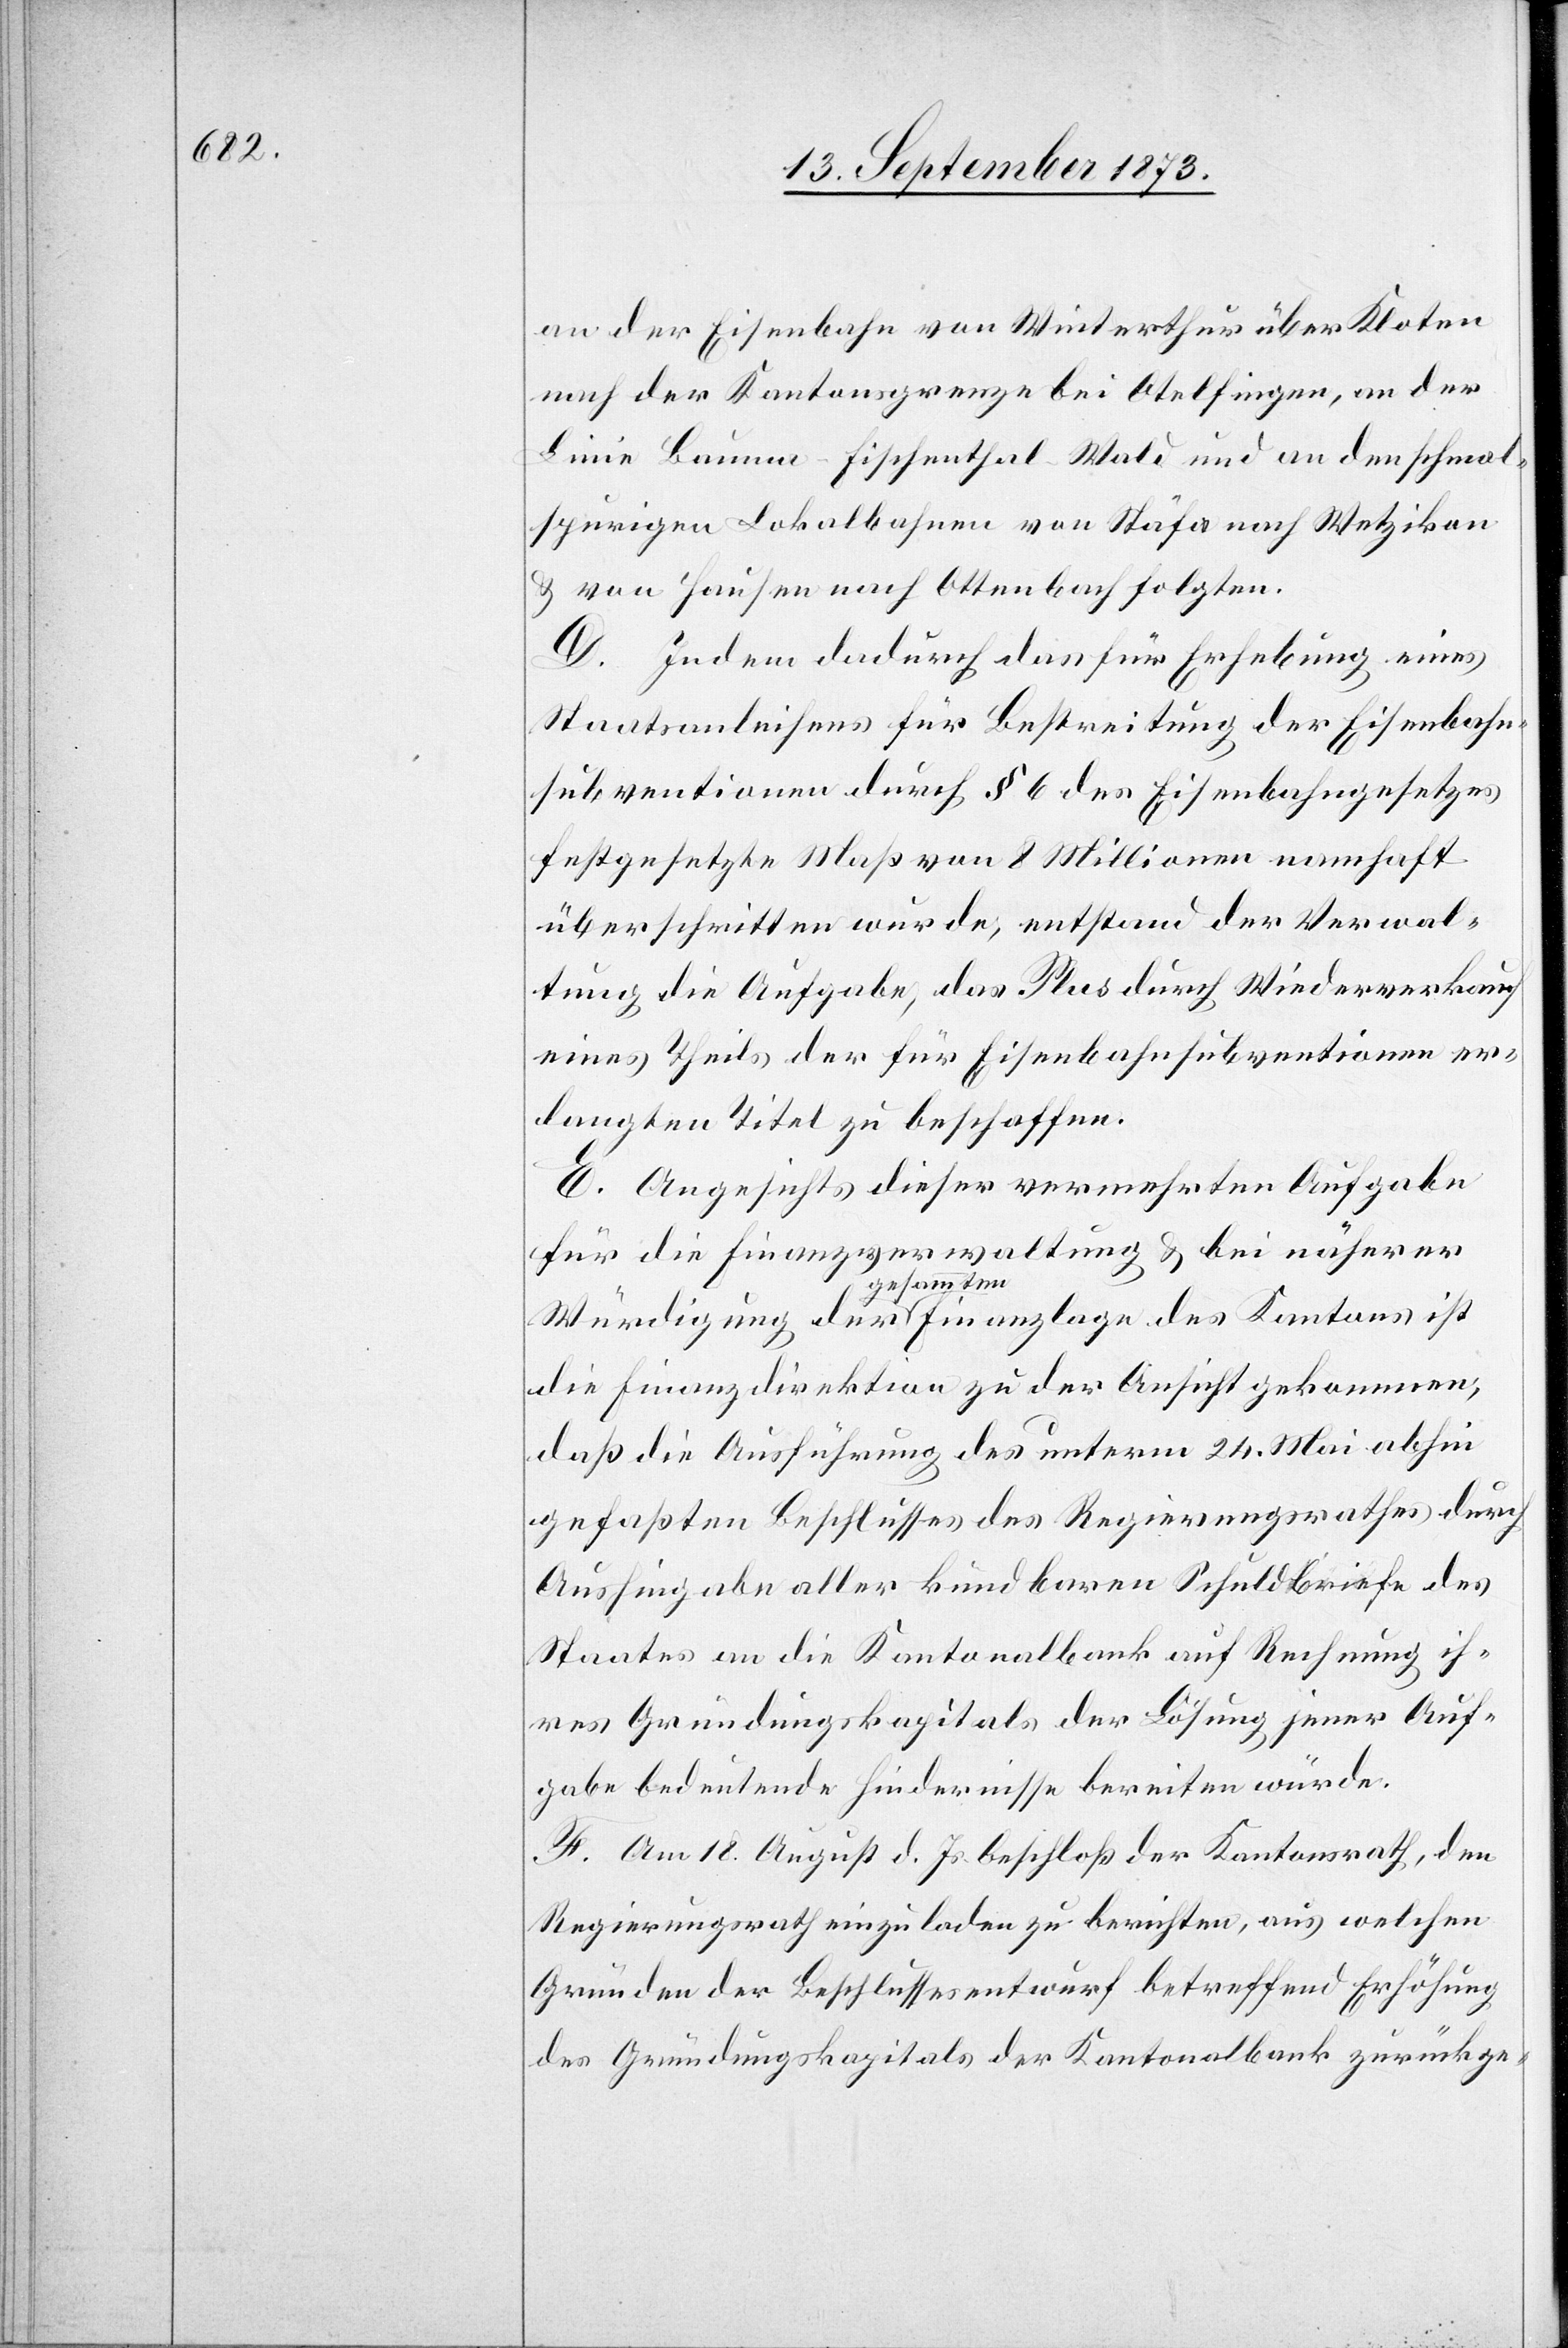
an der Eisenbahn von Winterthur über Kloten
nach der Kantonsgrenze bei Otelfingen, an der
Linie Bauma–Fischenthal–Wald und an den schmal¬
spurigen Lokalbahnen von Stäfa nach Wetzikon
& von Hausen nach Ottenbach folgten.
D. Indem dadurch das für Erhebung eines
Staatsanleihens für Bestreitung der Eisenbahn¬
subventionen durch § 6 des Eisenbahngesetzes
festgesetzte Maß von 8 Millionen namhaft
überschritten wurde, entstand der Verwal¬
tung die Aufgabe, das Plus durch Wiederverkauf
eines Theils der für Eisenbahnsubventionen er¬
langten Titel zu beschaffen.
E. Angesichts dieser vermehrten Aufgabe
für die Finanzverwaltung & bei näherer
gesammten
die Finanzdirektion zu der Ansicht gekommen,
daß die Ausführung des unterm 24. Mai abhin
gefaßten Beschlusses des Regierungsrathes durch
Aushingabe aller kündbaren Schuldbriefe des
Staates an die Kantonalbank auf Rechnung ih¬
res Gründungskapitals der Lösung jener Auf¬
gabe bedeutende Hindernisse bereiten würde.
F. Am 18. August d. Js. beschloß der Kantonsrath, den
Regierungsrath einzuladen zu berichten, aus welchen
Gründen der Beschlussesentwurf betreffend Erhöhung
des Gründungskapitals der Kantonalbank zurückge-